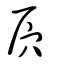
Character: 屄